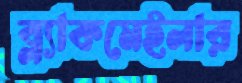
ব্ল্যাকমেইলার